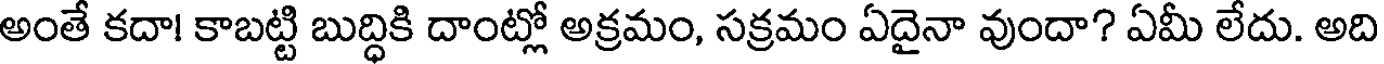
అంతే కదా! కాబట్టి బుద్ధికి దాంట్లో అక్రమం, సక్రమం ఏదైనా వుందా? ఏమీ లేదు. అది